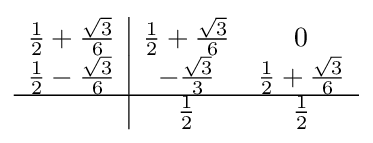
{\begin{array}{c|cc}{\frac {1}{2}}+{\frac {\sqrt {3}}{6}}&{\frac {1}{2}}+{\frac {\sqrt {3}}{6}}&0\\{\frac {1}{2}}-{\frac {\sqrt {3}}{6}}&-{\frac {\sqrt {3}}{3}}&{\frac {1}{2}}+{\frac {\sqrt {3}}{6}}\\\hline &{\frac {1}{2}}&{\frac {1}{2}}\\\end{array}}